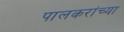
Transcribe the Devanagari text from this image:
पालकरांच्या